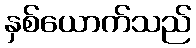
နှစ်ယောက်သည်